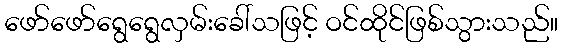
ဖော်ဖော်ရွေရွေလှမ်းခေါ်သဖြင့် ဝင်ထိုင်ဖြစ်သွားသည်။